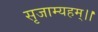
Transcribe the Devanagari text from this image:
सृजाम्यहम्।।